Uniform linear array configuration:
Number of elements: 48
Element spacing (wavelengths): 0.25
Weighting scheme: blackman
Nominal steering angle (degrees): -30
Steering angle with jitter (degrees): -29.246
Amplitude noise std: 0.05
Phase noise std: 0.05

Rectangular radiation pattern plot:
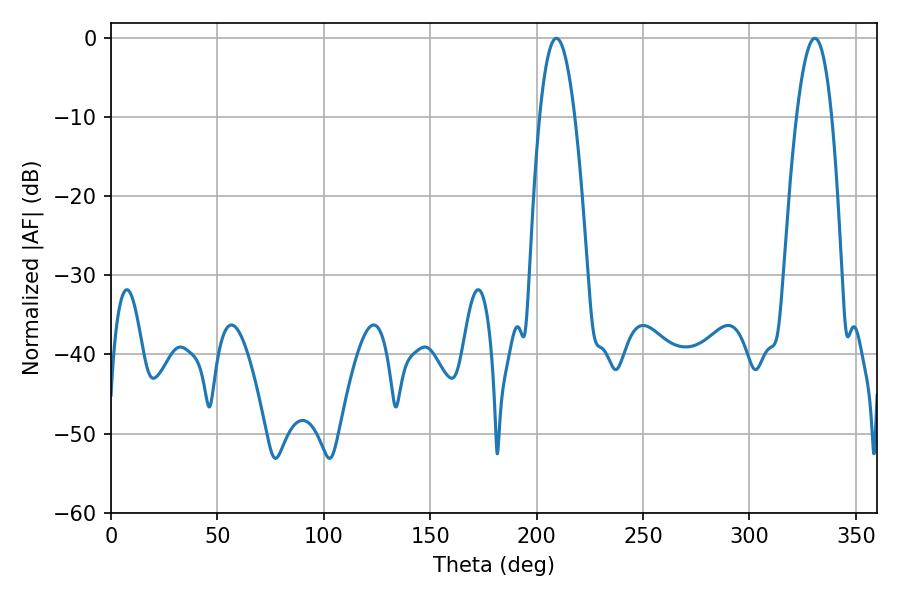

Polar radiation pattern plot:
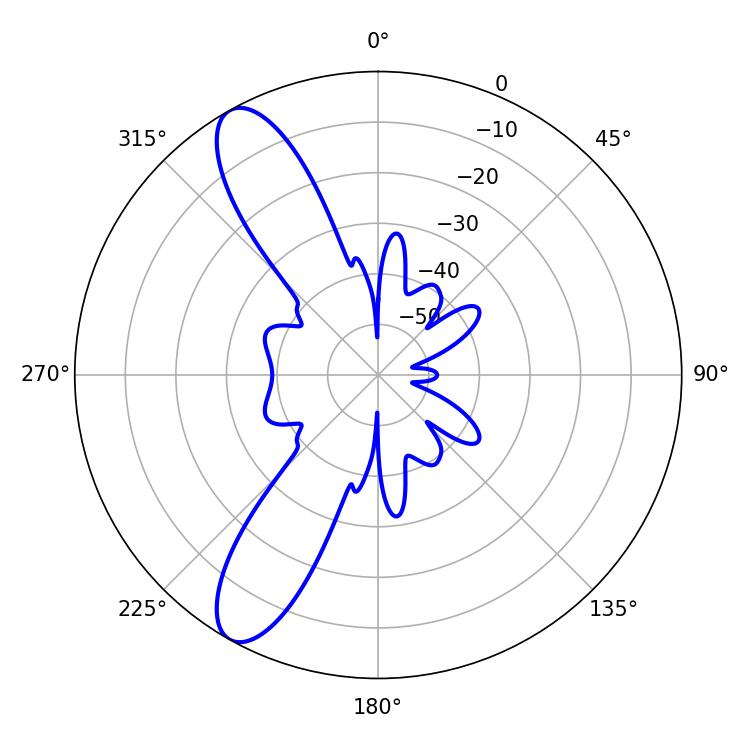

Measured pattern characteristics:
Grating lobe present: FALSE
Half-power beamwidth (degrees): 9.18
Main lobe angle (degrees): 330.66